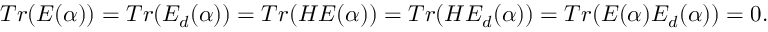
T r ( E ( \alpha ) ) = T r ( E _ { d } ( \alpha ) ) = T r ( H E ( \alpha ) ) = T r ( H E _ { d } ( \alpha ) ) = T r ( E ( \alpha ) E _ { d } ( \alpha ) ) = 0 .